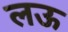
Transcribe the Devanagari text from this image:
लऊ